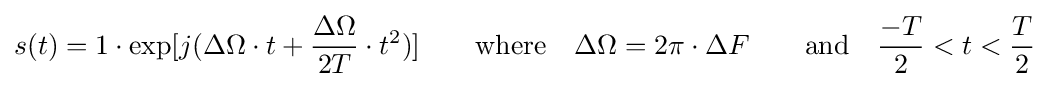
s(t)=1\cdot \exp[j(\Delta \Omega \cdot t+{\frac {\Delta \Omega }{2T}}\cdot t^{2})]\qquad {\text{where}}\quad \Delta \Omega =2\pi \cdot \Delta F\qquad {\text{and}}\quad {\frac {-T}{2}}<t<{\frac {T}{2}}